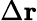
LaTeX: \Delta\mathbf{r}